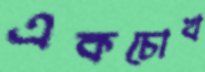
একচোখ